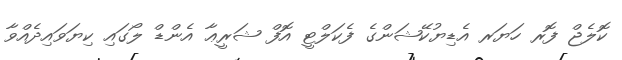
ކޮލެޖް ފޮރ ހަޔަރ އެޑިޔުކޭޝަންގެ ފެކަލްޓީ އޮފް ޝަރީޢާ އެންޑް ލޯގައި ކިޔަވައިދެއްވާ